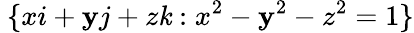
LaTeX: ~\{ xi+\mathbf{y}j+z\mathit{k}:x^{2}-\mathbf{y}^{2}-z^{2}=1\}